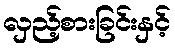
လှည့်စားခြင်းနှင့်